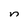
Character: n